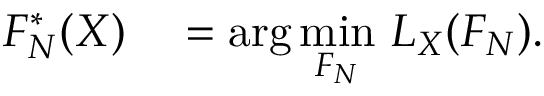
\begin{array} { r l } { F _ { N } ^ { * } ( X ) } & { { } = \arg \underset { F _ { N } } { \operatorname* { m i n } } \, \, L _ { X } ( F _ { N } ) . } \end{array}